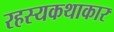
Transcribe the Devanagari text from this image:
रहस्यकथाकार